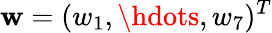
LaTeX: \mathbf{w}=(w_{1},\hdots,w_{7})^{T}